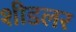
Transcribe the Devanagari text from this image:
शीडलर